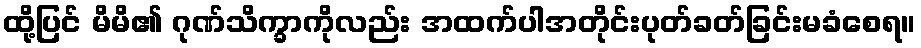
ထို့ပြင် မိမိ၏ ဂုဏ်သိက္ခာကိုလည်း အထက်ပါအတိုင်းပုတ်ခတ်ခြင်းမခံစေရ။